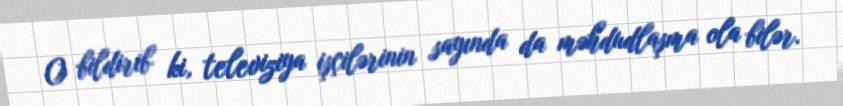
O bildirib ki, televiziya işçilərinin sayında da məhdudlaşma ola bilər.